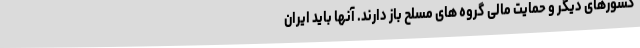
کشورهای دیگر و حمایت مالی گروه های مسلح باز دارند. آنها باید ایران